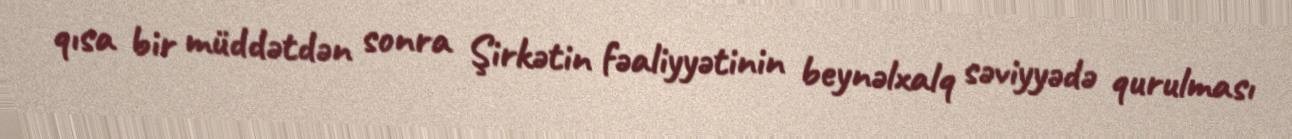
qısa bir müddətdən sonra Şirkətin fəaliyyətinin beynəlxalq səviyyədə qurulması